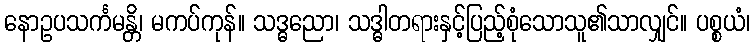
နောဥပသင်္ကမန္တိ၊ မကပ်ကုန်။ သဒ္ဓညော၊ သဒ္ဓါတရားနှင့်ပြည့်စုံသောသူ၏သာလျှင်။ ပစ္စယံ၊